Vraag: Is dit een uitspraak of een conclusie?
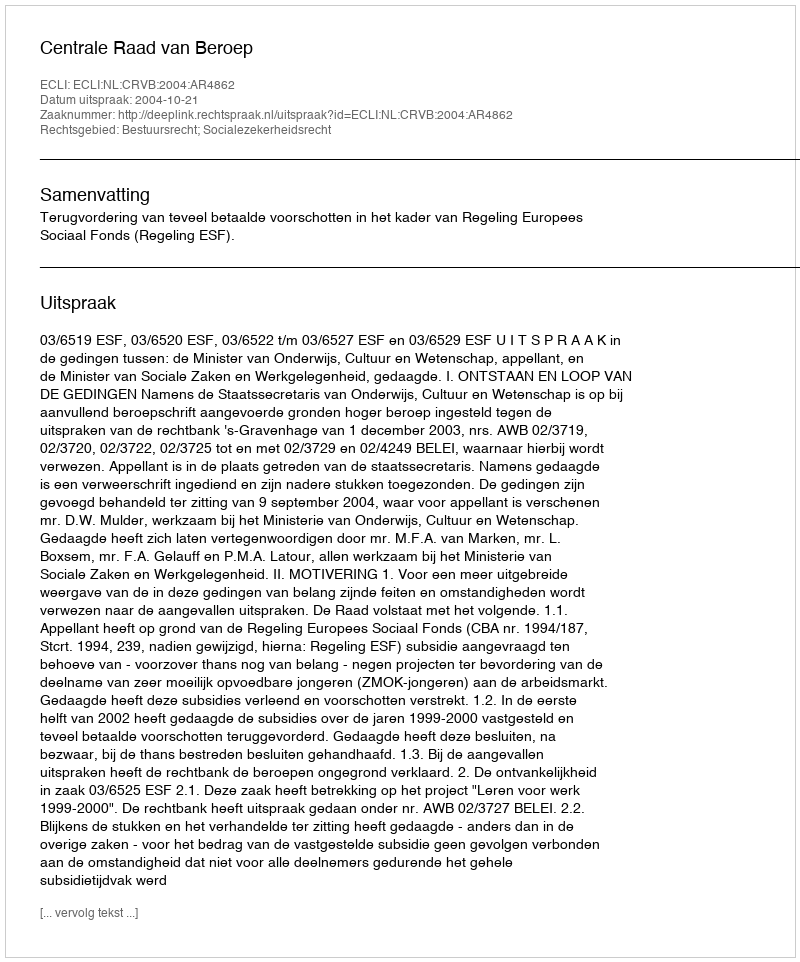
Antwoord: Uitspraak